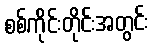
စစ်ကိုင်းတိုင်းအတွင်း